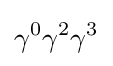
\gamma ^{0}\gamma ^{2}\gamma ^{3}